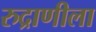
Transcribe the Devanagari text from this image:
रुद्राणीला